Report on enteric fever
Disease focus: Fever
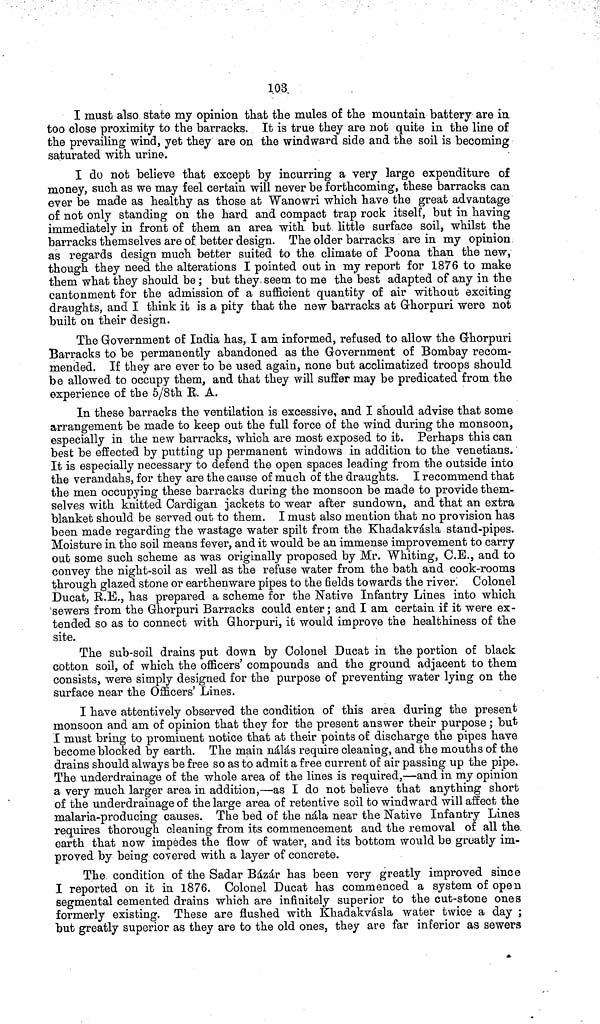
103.
I must also state my opinion that the mules of the mountain battery are in
too close proximity to the barracks. It is true they are not quite in the line of
the prevailing wind, yet they are on the windward side and the soil is becoming
saturated with urine.
I do not believe that except by incurring a very large expenditure of
money, such as we may feel certain will never be forthcoming, these barracks can
ever be made as healthy as those at Wanowri which have the great advantage
of not only standing on the hard and compact trap rock itself, but in having
immediately in front of them an area with but little surface soil, whilst the
barracks themselves are of better design. The older barracks are in my opinion
as regards design much better suited to the climate of Poona than the new,
though they need the alterations I pointed out in my report for 1876 to make
them what they should be ; but they seem to me the best adapted of any in the
cantonment for the admission of a sufficient quantity of air without exciting
draughts, and I think it is a pity that the new barracks at Ghorpuri were not
built on their design.
The Government of India has, I am informed, refused to allow the Ghorpuri
Barracks to be permanently abandoned as the Government of Bombay recom-
mended. If they are ever to be used again, none but acclimatized troops should
be allowed to occupy them, and that they will suffer may be predicated from the
experience of the 5/8th R. A.
In these barracks the ventilation is excessive, and I should advise that some
arrangement be made to keep out the full force of the wind during the monsoon,
especially in the new barracks, which are most exposed to it. Perhaps this can
best be effected by putting up permanent windows in addition to the Venetians.
It is especially necessary to defend the open spaces leading from the outside into
the verandahs, for they are the cause of much of the draughts. I recommend that
the men occupying these barracks during the monsoon be made to provide them-
selves with knitted Cardigan jackets to wear after sundown, and that an extra
blanket should be served out to them. I must also mention that no provision has
been made regarding the wastage water spilt from the Khadakvásla stand pipes.
Moisture in the soil means fever, and it would be an immense improvement to carry
out some such scheme as was originally proposed by Mr. Whiting, C.E., and to
convey the night soil as well as the refuse water from the bath and cook rooms
through glazed stone or earthenware pipes to the fields towards the river. Colonel
Ducat, R.E., has prepared a scheme for the Native Infantry Lines into which
'sewers from the Ghorpuri Barracks could enter; and I am certain if it were ex-
tended so as to connect with Ghorpuri, it would improve the healthiness of the
site.
The sub soil drains put down by Colonel Ducat in the portion of black
cotton soil, of which the officers' compounds and the ground adjacent to them
consists, were simply designed for the purpose of preventing water lying on the
surface near the Officers' Lines.
I have attentively observed the condition of this area during the present
monsoon and am of opinion that they for the present answer their purpose; but
I must bring to prominent notice that at their points of discharge the pipes have
become blocked by earth. The main nálás require cleaning, and the mouths of the
drains should always be free so as to admit a free current of air passing up the pipe.
The underdrainage of the whole area of the lines is required,—and in my opinion
a very much larger area in addition,—as I do not believe that anything short
of the underdrainage of the large area of retentive soil to windward will affect the
malaria producing causes. The bed of the nála near the Native Infantry Lines
requires thorough cleaning from its commencement and the removal of all the
earth that now impedes the flow of water, and its bottom would be greatly im-
proved by being covered with a layer of concrete.
The condition of the Sadar Bázár has been very greatly improved since
I reported on it in 1876. Colonel Ducat has commenced a system of open
segmental cemented drains which are infinitely superior to the cut stone ones
formerly existing. These are flushed with Khadakvásla water twice a day ;
but greatly superior as they are to the old ones, they are far inferior as sewers